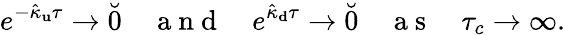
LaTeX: e^{-\hat{\kappa}_{\mathbf u}\tau}\to\breve{0}\quad\mathrm{~a~n~d~}\quad e^{\hat{\kappa}_{\mathbf d}\tau}\to\breve{0}\quad\mathrm{~a~s~}\quad\tau_{c}\to\infty.